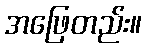
အဖြေတည်း။